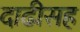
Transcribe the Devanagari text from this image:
दाढीसह